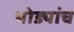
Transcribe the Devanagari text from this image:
थोड्यांच